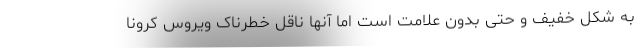
به شکل خفیف و حتی بدون علامت است اما آنها ناقل خطرناک ویروس کرونا